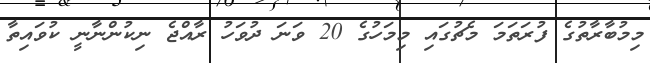
މިމުބާރާތުގެ ފުރަތަމަ މެޗުގައި މިމަހުގެ 20 ވަނަ ދުވަހު ރާއްޖެ ނިކުންނާނީ ކުވައިތާ